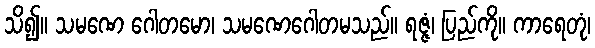
သိ၍။ သမဏေ ဂေါတမော၊ သမဏေဂေါတမသည်။ ရဇ္ဇံ၊ ပြည်ကို။ ကာရေတုံ၊